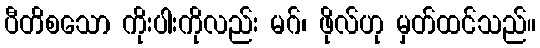
ပီတိစသော ကိုးပါးကိုလည်း မဂ်၊ ဖိုလ်ဟု မှတ်ထင်သည်။